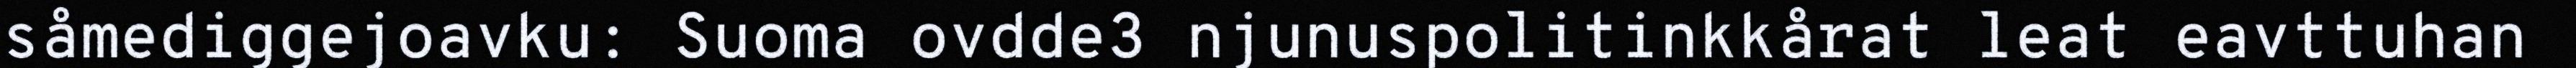
såmediggejoavku: Suoma ovdde3 njunuspolitinkkårat leat eavttuhan